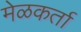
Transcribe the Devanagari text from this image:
मेळकर्ता